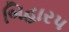
બિહાર૫